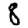
Digit: 8